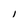
Character: i